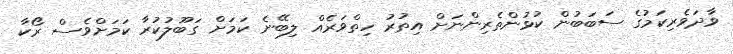
ވާދަވެރިކަމުގެ ސަބަބުން ކުޅުންތެރިންނަށް އިތުރު ހިތްވަރެއް ލިބޭނެ ކަމަށް ގަބޫލުކުރާ ކަމަށްވެސް ރޯކާ